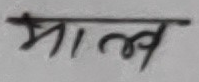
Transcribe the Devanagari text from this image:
माल